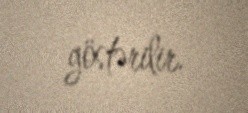
göstərilir.